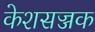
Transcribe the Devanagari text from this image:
केशसज्जक